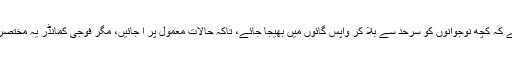
اس فلم میں دِکھایا گیا ہے کہ کارخانے کا مالک فوج کے کمانڈر کے پاس جا کر درخواست کرتا ہے کہ کچھ نوجوانوں کو سرحد سے بُلا کر واپس گائوں میں بھیجا جائے، تاکہ حالات معمول پر آ جائیں، مگر فوجی کمانڈر یہ مختصر سا جواب دے کر اُس کی درخواست رَد کر دیتا ہے کہ ’’جنگ کسی بھی وقت شروع ہو سکتی ہے۔